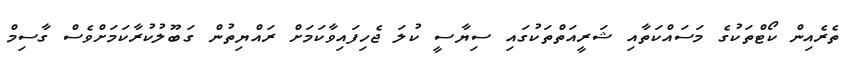
ތެރެއިން ކޯޓްތަކުގެ މަސައްކަތާއި ޝަރީއަތްތަކުގައި ސިޔާސީ ކުލަ ޖެހިފައިވާކަމަށް ރައްޔިތުން ގަބޫލުކުރާކަމަށްވެސް ގާސިމް